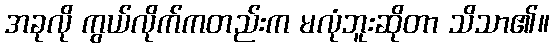
အခုလို ကွယ်လိုက်ကတည်းက မလုံဘူးဆိုတာ သိသာ၏။